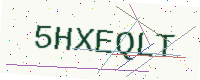
Text: 5HXEQLT